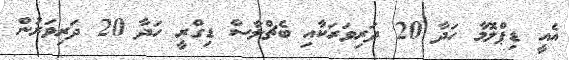
އެއީ ޑިޕްލޮމާ ހަދާ 20 ދަރިވަރަކާއި ބެޗްލާސް ޑިގްރީ ހަދާ 20 ދަރިވަރުން